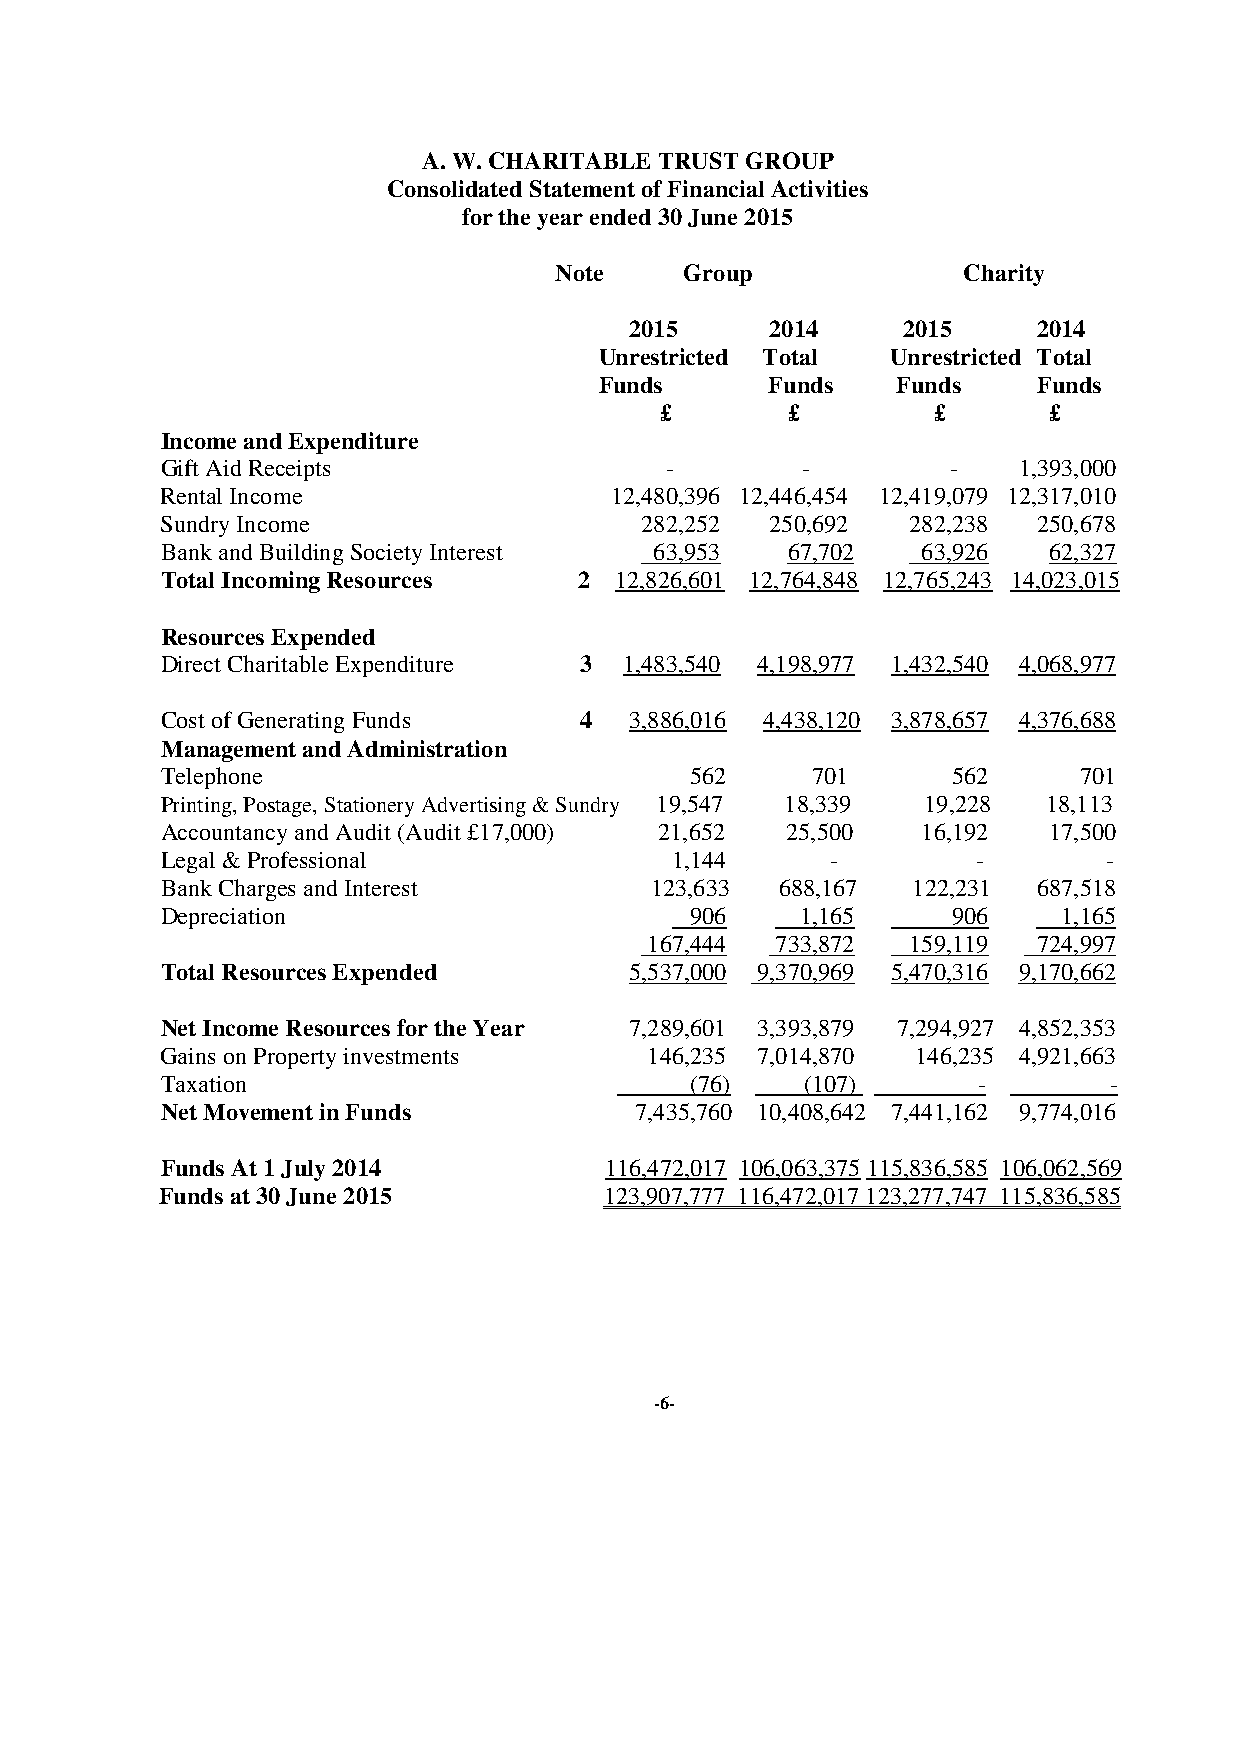
A. W. CHARITABLE TRUST GROUP
 Consolidated Statement of Financial Activities
 for the year ended 30 June 2015
 Note    Group              Charity
 2015     2014     2015     2014
 Unrestricted Total Unrestricted Total
 Funds      Funds   Funds     Funds
 £       £         £      £
 Income and Expenditure
 Gift Aid Receipts                -        -         -   1,393,000
 Rental Income                12,480,396 12,446,454 12,419,079 12,317,010
 Sundry Income                  282,252  250,692  282,238  250,678
 Bank and Building Society Interest 63,953 67,702  63,926  62,327
 Total Incoming Resources   2  12,826,601 12,764,848 12,765,243 14,023,015
 Resources Expended
 Direct Charitable Expenditure 3 1,483,540 4,198,977 1,432,540 4,068,977
 Cost of Generating Funds   4   3,886,016 4,438,120 3,878,657 4,376,688
 Management and Administration
 Telephone                          562     701      562     701
 Printing, Postage, Stationery Advertising & Sundry 19,547 18,339 19,228 18,113
 Accountancy and Audit (Audit £17,000) 21,652 25,500 16,192 17,500
 Legal & Professional             1,144      -         -       -
 Bank Charges and Interest       123,633  688,167 122,231  687,518
 Depreciation                       906    1,165     906    1,165
 167,444 733,872  159,119  724,997
 Total Resources Expended       5,537,000 9,370,969 5,470,316 9,170,662
 Net Income Resources for the Year 7,289,601 3,393,879 7,294,927 4,852,353
 Gains on Property investments   146,235 7,014,870 146,235 4,921,663
 Taxation                           (76)   (107)       -       -
 Net Movement in Funds          7,435,760 10,408,642 7,441,162 9,774,016
 Funds At 1 July 2014         116,472,017 106,063,375 115,836,585 106,062,569
 Funds at 30 June 2015        123,907,777 116,472,017 123,277,747 115,836,585
 -6-